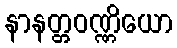
နာနတ္တဝဏ္ဏိယော